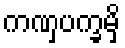
ကဏှပက္ခမှိ